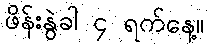
ဖိန်းနွဲခါ ၄ ရက်နေ့။